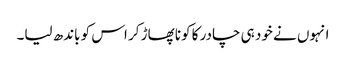
انہوں نے خود ہی چادر کا کونا پھاڑ کر اس کو باندھ لیا۔